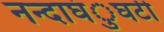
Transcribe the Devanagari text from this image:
नन्दाघंुघटी